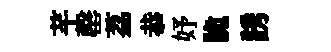
芊罄荔恭妤脆誘